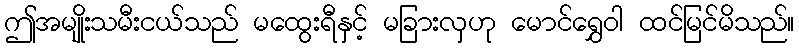
ဤအမျိုးသမီးငယ်သည် မထွေးရီနှင့် မခြားလှဟု မောင်ရွှေဝါ ထင်မြင်မိသည်။